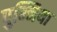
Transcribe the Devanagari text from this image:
पुन्निया